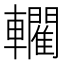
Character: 𨏦